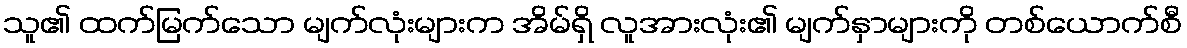
သူ၏ ထက်မြက်သော မျက်လုံးများက အိမ်ရှိ လူအားလုံး၏ မျက်နှာများကို တစ်ယောက်စီ